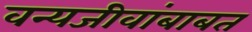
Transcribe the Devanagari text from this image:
वन्यजीवांबाबत